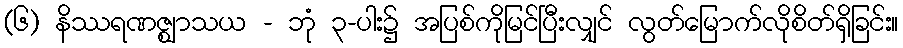
(၆) နိဿရဏဇ္ဈာသယ - ဘုံ ၃-ပါး၌ အပြစ်ကိုမြင်ပြီးလျှင် လွတ်မြောက်လိုစိတ်ရှိခြင်း။